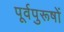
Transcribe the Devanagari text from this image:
पूर्वपुरूषों